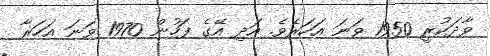
ވާދަކުރީ 1950 ވަނަ އަހަރެވެ. އަދި އޭގެ ފަހުން 1970 ވަނަ އަހަރާ